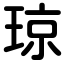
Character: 琼